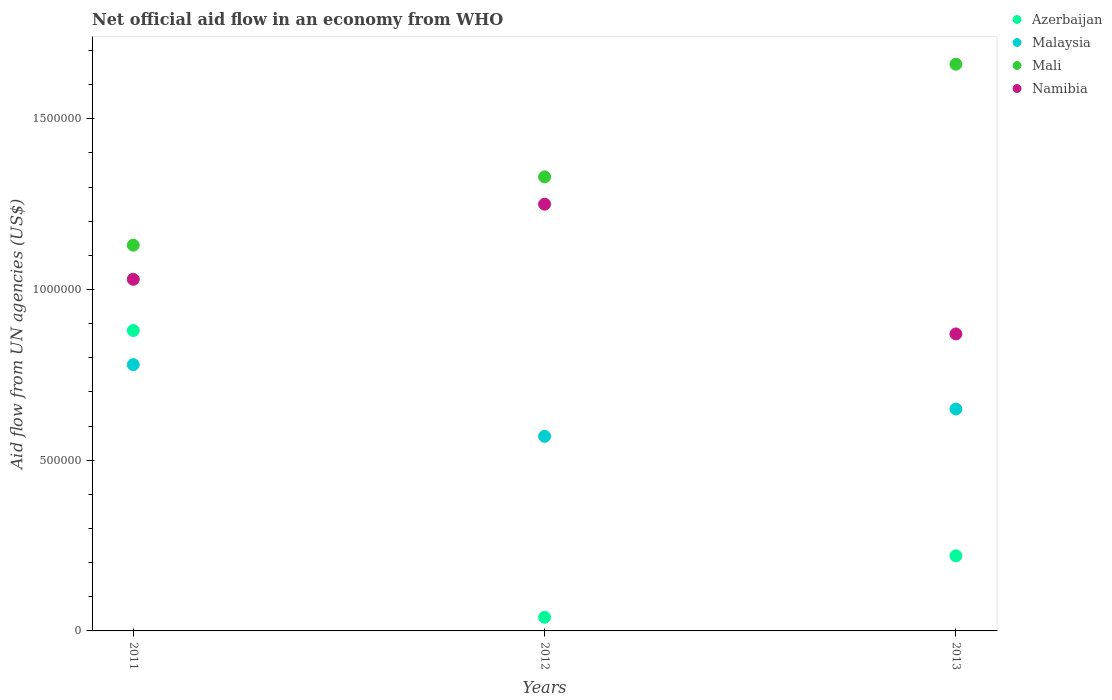
| Years | Azerbaijan | Malaysia | Mali | Namibia |
 | --- | --- | --- | --- | --- |
 | 2011 | 8.8e+05 | 7.8e+05 | 1.13e+06 | 1.03e+06 |
 | 2012 | 4e+04 | 5.7e+05 | 1.33e+06 | 1.25e+06 |
 | 2013 | 2.2e+05 | 6.5e+05 | 1.66e+06 | 8.7e+05 |